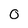
Character: 0